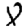
Digit: 8